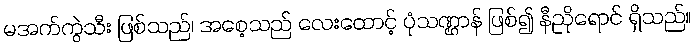
မအက်ကွဲသီး ဖြစ်သည်၊ အစေ့သည် လေးထောင့် ပုံသဏ္ဌာန် ဖြစ်၍ နီညိုရောင် ရှိသည်။